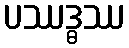
ပဿဒ္ဓဿ